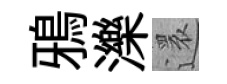
鴉濼還